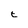
Character: t